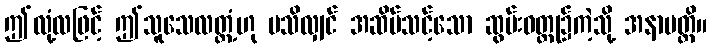
ဤလုံ့လဖြင့် ဤသူသေလတ္တံ့ဟု မသိလျှင် အဆိပ်သင့်သော ဆွမ်းဝတ္ထု၌ကဲ့သို့ အနာပတ္တိ။